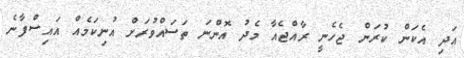
އަދި އެކަން ކުރަން ޖެހެނީ ރާއްޖެއާ މެދު އޮންނަ ތަސައްވުރަށް އުނިކަމެއް އައިސްފާނެ